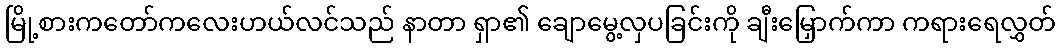
မြို့စားကတော်ကလေးဟယ်လင်သည် နာတာ ရှာ၏ ချောမွေ့လှပခြင်းကို ချီးမြှောက်ကာ ကရားရေလွှတ်